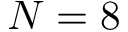
N = 8